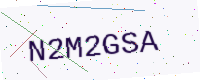
Text: N2M2GSA